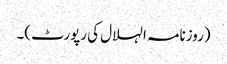
(روزنامہ الہلال کی رپورٹ)۔